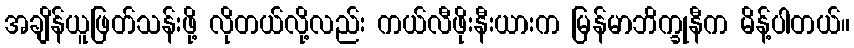
အချိန်ယူဖြတ်သန်းဖို့ လိုတယ်လို့လည်း ကယ်လီဖိုးနီးယားက မြန်မာဘိက္ခုနီက မိန့်ပါတယ်။